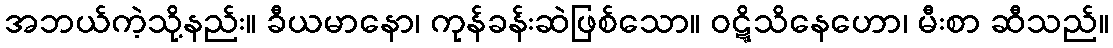
အဘယ်ကဲ့သို့နည်း။ ခီယမာနော၊ ကုန်ခန်းဆဲဖြစ်သော။ ဝဋ္ဋိသိနေဟော၊ မီးစာ ဆီသည်။